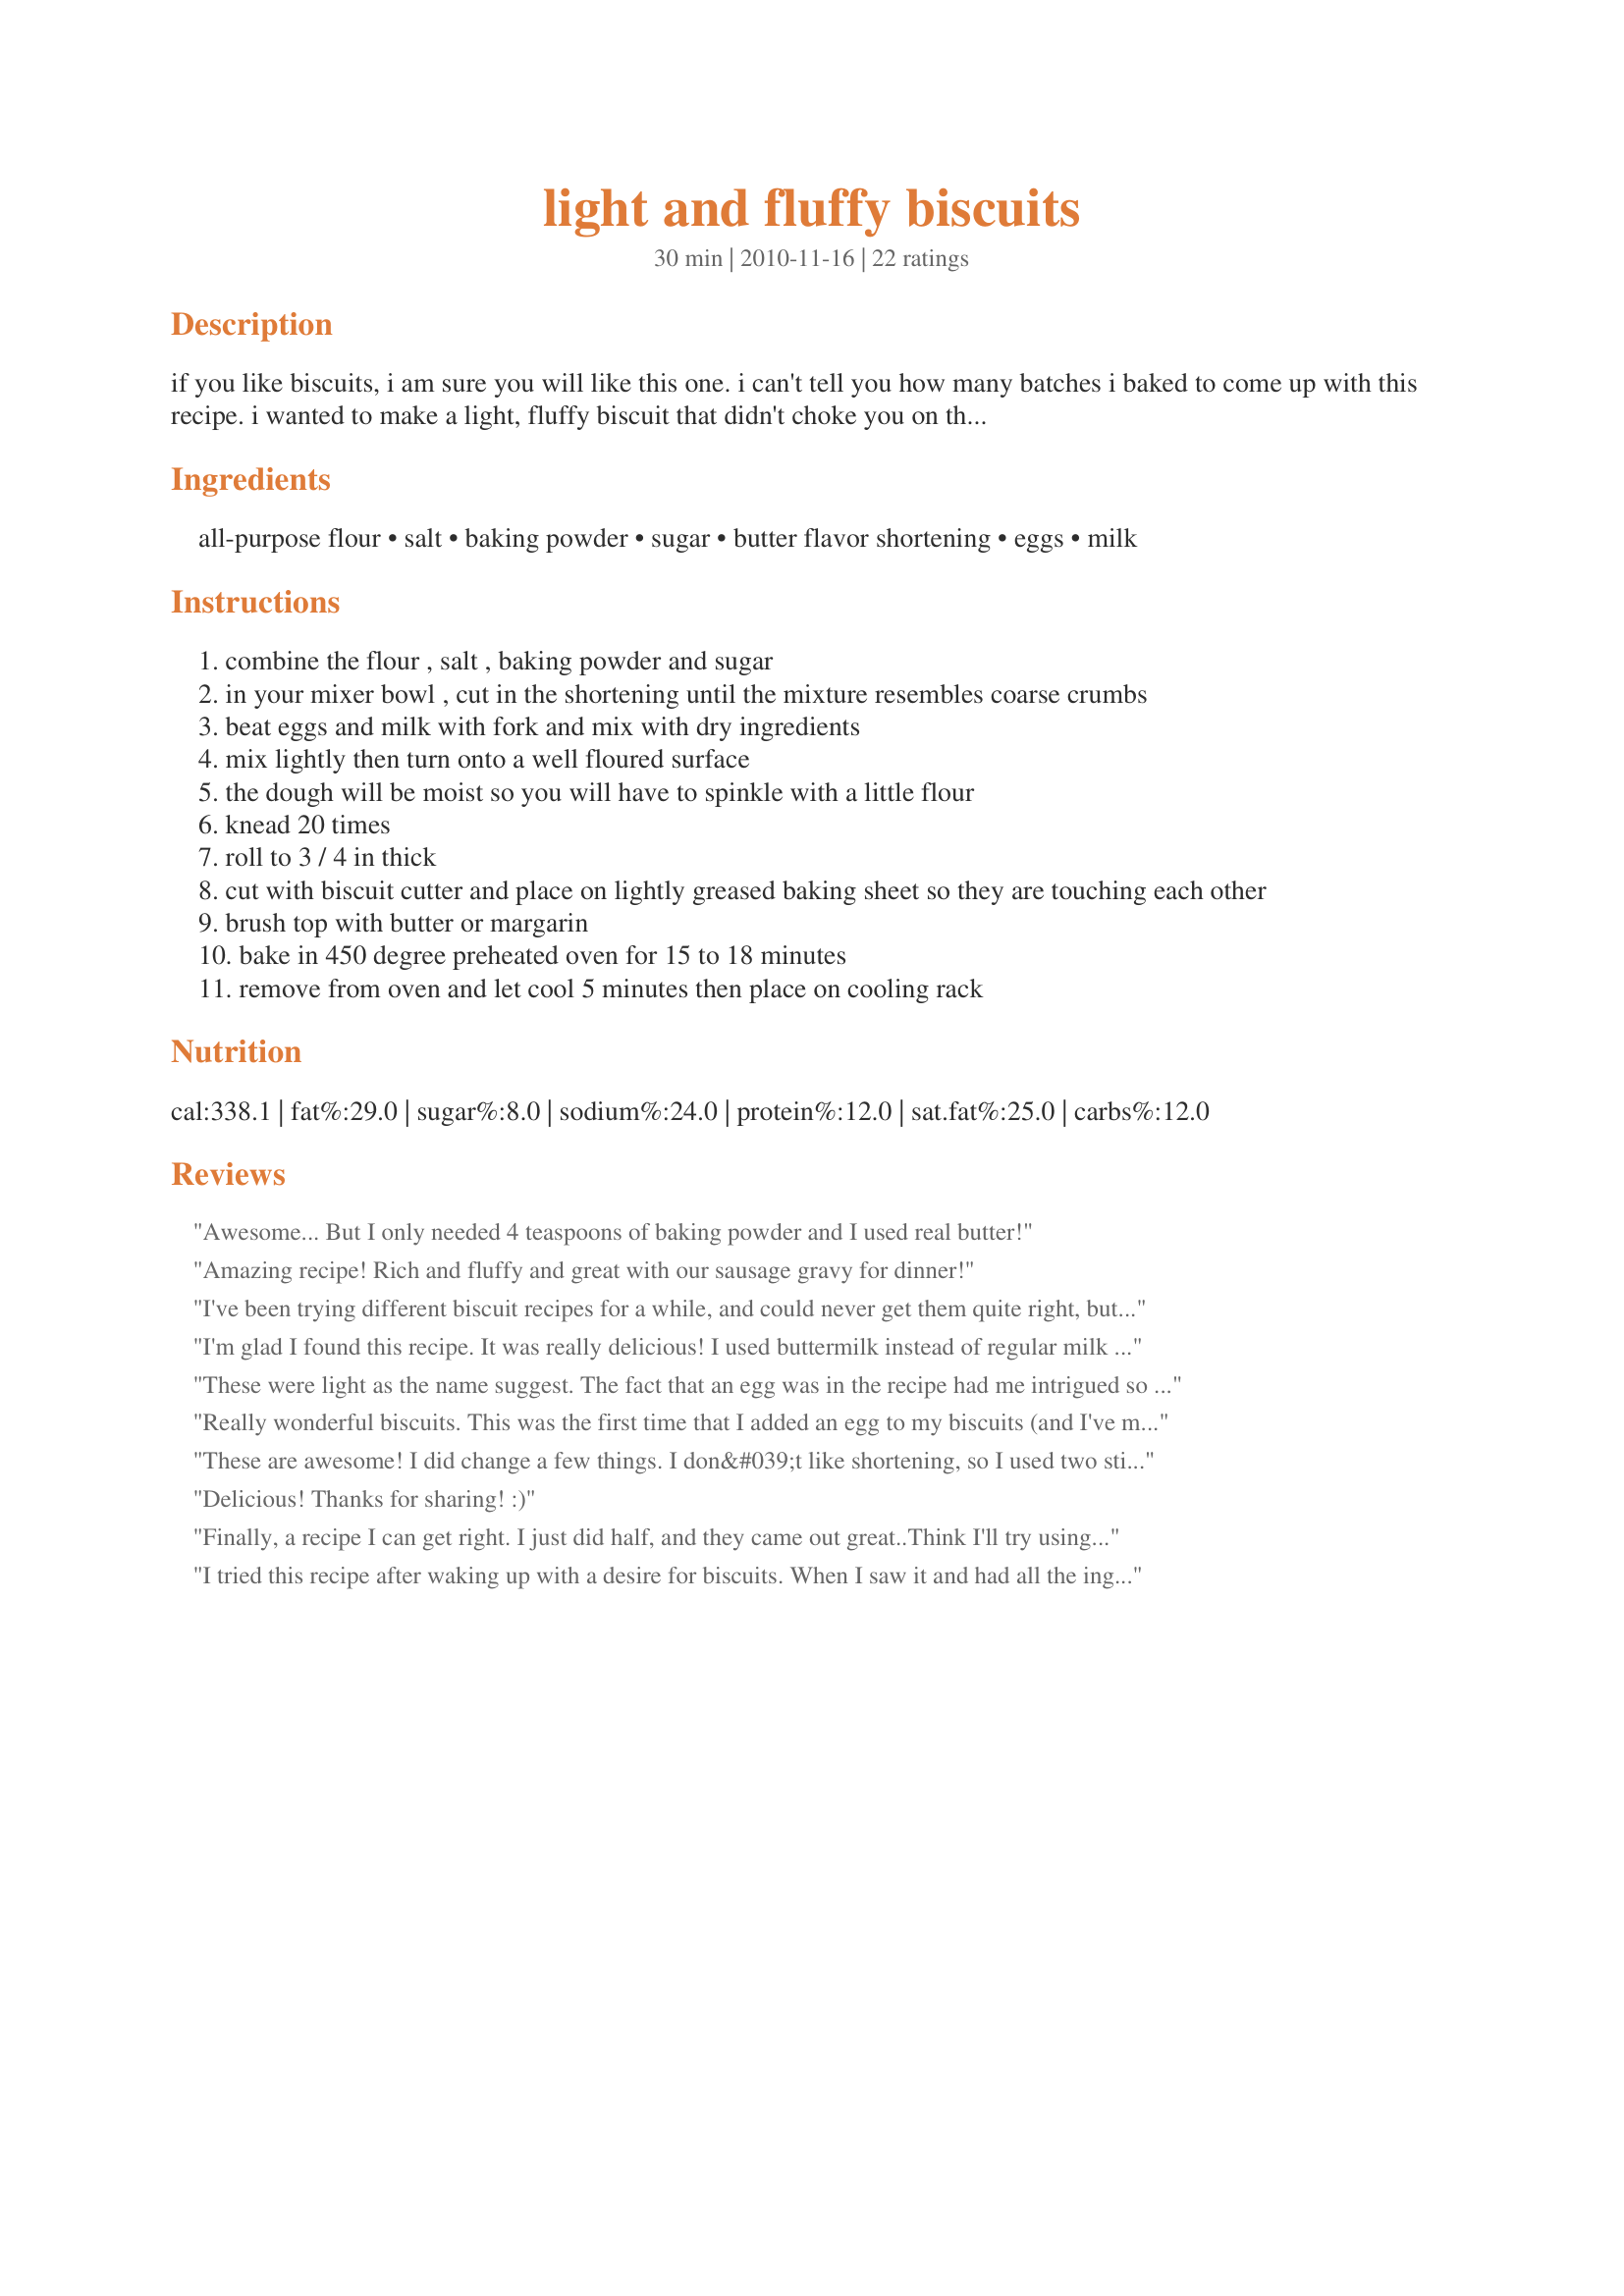
light and fluffy biscuits
Preparation time: 30 minutes

if you like biscuits, i am sure you will like this one. i can't tell you how many batches i baked to come up with this recipe. i wanted to make a light, fluffy biscuit that didn't choke you on the way down and i finally achieved my goal. they are great with gravy.

Ingredients:
all-purpose flour, salt, baking powder, sugar, butter flavor shortening, eggs, milk

Steps:
combine the flour , salt , baking powder and sugar
in your mixer bowl , cut in the shortening until the mixture resembles coarse crumbs
beat eggs and milk with fork and mix with dry ingredients
mix lightly then turn onto a well floured surface
the dough will be moist so you will have to spinkle with a little flour
knead 20 times
roll to 3 / 4 in thick
cut with biscuit cutter and place on lightly greased baking sheet so they are touching each other
brush top with butter or margarin
bake in 450 degree preheated oven for 15 to 18 minutes
remove from oven and let cool 5 minutes then place on cooling rack

Reviews:
Awesome... But I only needed 4 teaspoons of baking powder and I used real butter!
Amazing recipe! Rich and fluffy and great with our sausage gravy for dinner!
I've been trying different biscuit recipes for a while, and could never get them quite right, but THESE are outstanding! They rise nice, light and fluffy without being too dense....Perfect.
I'm glad I found this recipe. It was really delicious! I used buttermilk instead of regular milk and unsalted butter since I didn't have Crisco in my pantry. The biscuits turned out perfectly delicious - light and fluffy!
These were light as the name suggest. The fact that an egg was in the recipe had me intrigued so I decided to try it, but the egg gave it a taste and texture I did not care for. The way the dough felt and reacted to being kneaded and cut reminded me of a cookie dough. I will stick with my normal recipe for now.
Really wonderful biscuits. This was the first time that I added an egg to my biscuits (and I've made a lot of biscuits in my time) and it does add a more rich taste. I made 12 of these for Easter dinner and the 4 people at the table were 3 short of wiping out the entire dozen. I think that for my own taste I might not add the Splenda next time but my 3 guys thought they were perfect as written. Their opinions, ease of preparation and their lovely outcome are plenty to rate this with the full 5 stars.
These are awesome! I did change a few things. I don&#039;t like shortening, so I used two sticks of butter. I found that this needed more milk, but I do live in Colorado where everything needs more moister. Other than that, this is an awesome biscuit recipe! Ever since we have moved to all organic, the biscuits have been the one thing I have fought to get right...For Flour I used two cups of bread flour, and two cups of pastry flour. Enjoy!
Delicious! Thanks for sharing! :)
Finally, a recipe I can get right. I just did half, and they came out great..Think I'll try using this on top of left over beef stew to make a pot pie........Thanks
I tried this recipe after waking up with a desire for biscuits. When I saw it and had all the ingredients needed, I made them. They came out very well, next time I will do 15 minutes instead of 18. They were a little brown on the bottom. I enjoyed eating them and will try it again next time.
Not bad. I&#039;d never used a biscuit recipe with eggs. Didn&#039;t have butter flavored Crisco so I used half butter/half regular Crisco. Otherwise, followed exactly. Biscuits rose up high. Not really &quot;light and fluffy&quot; but very good with butter and honey!
So good! Came out fluffy, although I thought they were going to be heavy because of the dough weight. But I took my first bite and had to look at the biscuit I just bit in to like, &quot;I made this?!&quot; LOL Sooooo happy I tried this recipe, will definitely use it again. May never buy biscuits again.....
This is absolutely the BEST biscuits!!! I am a very good cook, but the Biscuits I&#039;ve made in the past kind of feel like a lump on the way down. Sooooo good. Thanks for this terrific recipie. Do you have a cook book out there?
They turned out really good I put half butter and half shortening didn’t have butter flavour shortening
I am not convinced. Aren't these 'light and fluffy biscuits' just a slightly altered scones' recipe? More or less the amount of sugar and served with jam or not doesn't really make them 'biscuits'.
This recipe will be my go to recipe from now on. These biscuits were light and very very good. I omitted the Splenda and used real butter instead of shortening. I am always leery of taking homemade biscuits to other people but these are by far the best biscuits I have ever made and I am excited for my husband&#039;s input. &lt;br/&gt;On a side note: 12 Teaspoons is equal to 4 Tablespoons
Best biscuit recipe I've used!
I didn&#039;t need as many as the recipe made so I halved it. Used half shortening and half butter. They turned out wonderfully. They were soft and fluffy. Didn&#039;t rise much but enough to make them good. Thank you for sharing this recipe.
I've been experimenting with biscuit recipes for a while, and could never get them quite right, but THESE are outstanding! They rise nice and high, light and fluffy without being too dense. Perfect texture and taste. A must try!
Followed the recipe exactly and found that the 12 teaspoons of baking powder was WAY Too much.. It made the biscuits very salty and they did not taste good at all. we re tried the recipe with only 4 teaspoons of baking powder. The biscuits came out perfect. You can decrease sugar to 1 and a 1/2 teaspoon. Everything else is good just you MUST adjust your baking powder!
The temperature listed is 450. This is way too hot for baking biscuits. I followed the recipe exactly (and I have 20+ years of baking experience) and baked them at the temperature listed. The bottoms were far too browned as were the tops by only 13 minutes (less than the minimum called for baking time). I plan to try the recipe again baking it at 350 instead. They did not rise while baking but stayed the same size as when rolled and cut out (3/4&quot; thick). Maybe the temperature on the recipe could be adjusted on the temperature part.
Light and fluffy is what i searched and that is exactly what i got with this recipe. AMAZING the boyfriend loved them.
